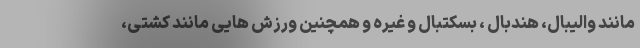
مانند والیبال، هندبال ، بسکتبال و غیره و همچنین ورزش هایی مانند کشتی،